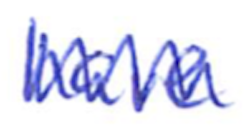
Text: have
Cross-out: mix
Writing tool: ballpoint